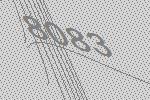
8083